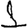
Digit: 1